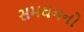
સમઘનનો